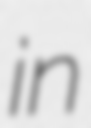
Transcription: in